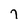
Character: 7